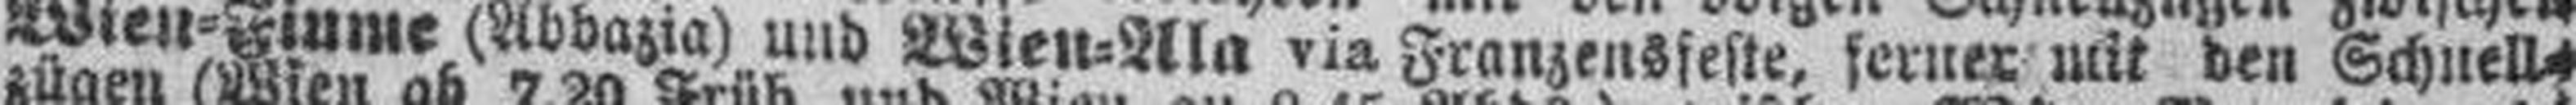
Wien=Fiume (Abbazia) und Wien=Ala via Franzensfeste, ferner mit den Schnell¬